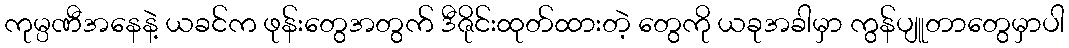
ကုမ္ပဏီအနေနဲ့ ယခင်က ဖုန်းတွေအတွက် ဒီဇိုင်းထုတ်ထားတဲ့ တွေကို ယခုအခါမှာ ကွန်ပျူတာတွေမှာပါ